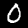
Label: 0